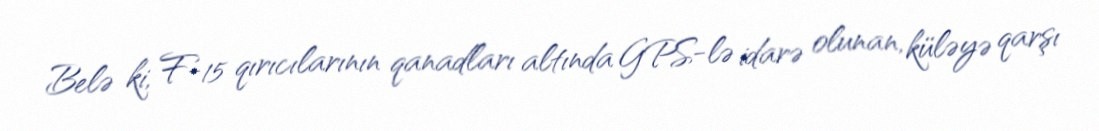
Belə ki, F-15 qırıcılarının qanadları altında GPS-lə idarə olunan, küləyə qarşı